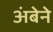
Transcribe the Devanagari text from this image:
अंबेने